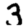
Digit: 3